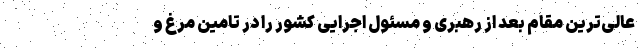
عالی‌ترین مقام بعد از رهبری و مسئول اجرایی کشور را در تامین مرغ و